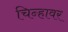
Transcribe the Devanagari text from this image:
चिन्हावर